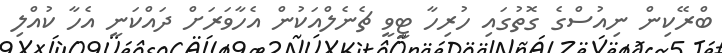
ބްރޭކިން ނިއުސްގެ ގޮތުގައި ހުރިހާ ޓީވީ ޗެނެލްއަކުން އެހާވަރަށް ދައްކަނީ އެހާ ކުއްލި